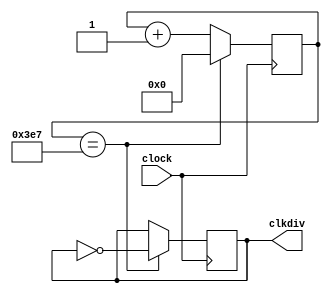
`timescale 1ns / 1ps
//////////////////////////////////////////////////////////////////////////////////
// Company: 
// Engineer: 
// 
// Design Name: 
// Module Name: clock_divider_1Hz
// Project Name: 
// Target Devices: 
// Tool Versions: 
// Description: 
// 
// Dependencies: 
// 
// Revision:
// Revision 0.01 - File Created
// Additional Comments:
// 
//////////////////////////////////////////////////////////////////////////////////


module clkdiv_1Hz(clock,clkdiv);
input clock;
reg [31:0] count;  
output reg clkdiv;  
parameter C=32'd1000;
always @ (posedge clock)
begin
if (count == C - 1)
count <= 32'b0;
else
count <= count + 1;
end
always @ (posedge clock)
begin
if (count == C - 1)
clkdiv <= ~clkdiv;
else
clkdiv <= clkdiv;
end
endmodule